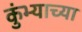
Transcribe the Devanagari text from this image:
कुंभ्याच्या